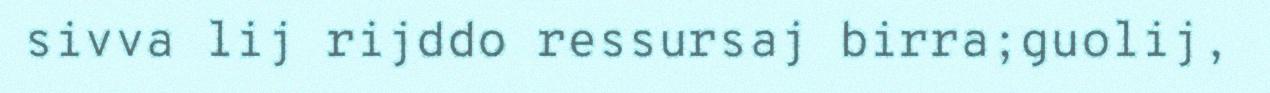
sivva lij rijddo ressursaj birra;guolij,